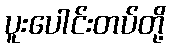
ပူးပေါင်းတပ်တို့